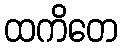
ထကိတေ